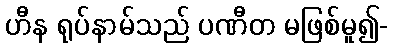
ဟီန ရုပ်နာမ်သည် ပဏီတ မဖြစ်မူ၍-